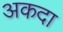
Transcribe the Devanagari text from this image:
अकदा